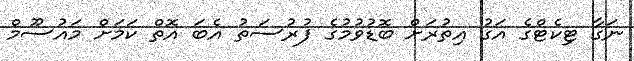
ނަގާ ޓިކެޓްގެ އަގު އިތުރަަށް ބޮޑުވުމުގެ ފުރުސަތު އެބަ އޮތް ކަމަށް މައުސޫމް